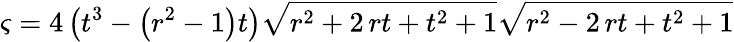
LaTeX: \varsigma=4\, {\left(t^{3}-{\left(r^{2}-1\right)}t\right)}\sqrt{r^{2}+2\, rt+t^{2}+1}\sqrt{r^{2}-2\, rt+t^{2}+1}